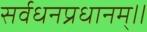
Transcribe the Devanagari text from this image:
सर्वधनप्रधानम्॥